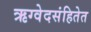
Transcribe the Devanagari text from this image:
ऋग्वेदसंहितेत